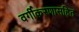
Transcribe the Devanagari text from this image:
वर्गीकरणासहित